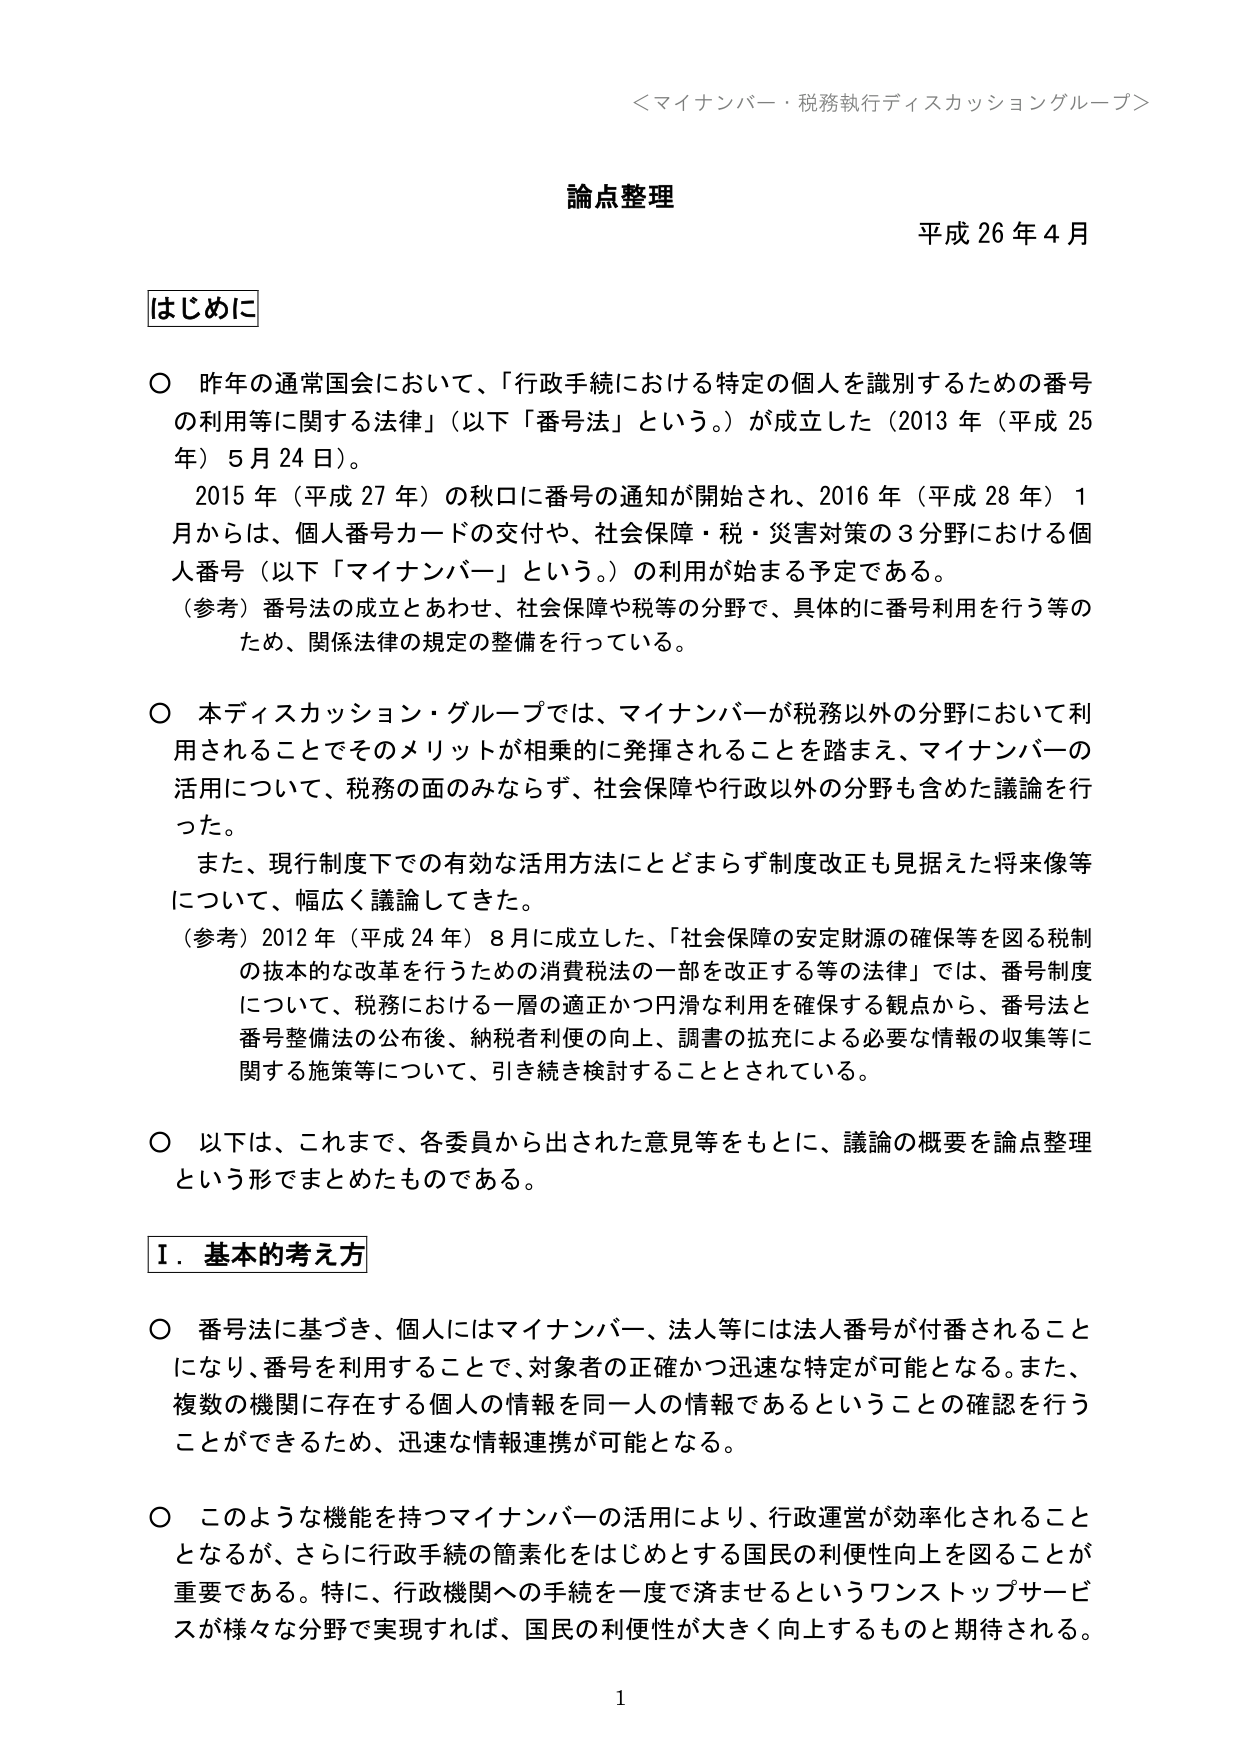
＜マイナンバー・税務執行ディスカッショングループ＞

論点整理
平成26年4月

はじめに

○ 昨年の通常国会において、「行政手続における特定の個人を識別するための番号の利用等に関する法律」（以下「番号法」という。）が成立した（2013年（平成25年）5月24日）。
　2015年（平成27年）の秋口に番号の通知が開始され、2016年（平成28年）1月からは、個人番号カードの交付や、社会保障・税・災害対策の3分野における個人番号（以下「マイナンバー」という。）の利用が始まる予定である。
（参考）番号法の成立とあわせ、社会保障や税等の分野で、具体的に番号利用を行う等のため、関係法律の規定の整備を行っている。

○ 本ディスカッション・グループでは、マイナンバーが税務以外の分野において利用されることでそのメリットが相乗的に発揮されることを踏まえ、マイナンバーの活用について、税務の面のみならず、社会保障や行政以外の分野も含めた議論を行った。
　また、現行制度下での有効な活用方法にとどまらず制度改正も見据えた将来像等について、幅広く議論してきた。
（参考）2012年（平成24年）8月に成立した、「社会保障の安定財源の確保等を図る税制の抜本的な改革を行うための消費税法の一部を改正する等の法律」では、番号制度について、税務における一層の適正かつ円滑な利用を確保する観点から、番号法と番号整備法の公布後、納税者利便の向上、調書の拡充による必要な情報の収集等に関する施策等について、引き続き検討することとされている。

○ 以下は、これまで、各委員から出された意見等をもとに、議論の概要を論点整理という形でまとめたものである。

Ⅰ．基本的考え方

○ 番号法に基づき、個人にはマイナンバー、法人等には法人番号が付番されることになり、番号を利用することで、対象者の正確かつ迅速な特定が可能となる。また、複数の機関に存在する個人の情報を同一人の情報であるということの確認を行うことができるため、迅速な情報連携が可能となる。

○ このような機能を持つマイナンバーの活用により、行政運営が効率化されることとなるが、さらに行政手続の簡素化をはじめとする国民の利便性向上を図ることが重要である。特に、行政機関への手続を一度で済ませるというワンストップサービスが様々な分野で実現すれば、国民の利便性が大きく向上するものと期待される。

1